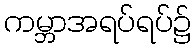
ကမ္ဘာအရပ်ရပ်၌